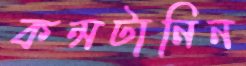
কন্সটানিন